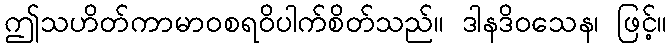
ဤသဟိတ်ကာမာဝစရဝိပါက်စိတ်သည်။ ဒါနဒိဝသေန၊ ဖြင့်။